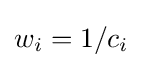
w_{i}=1/c_{i}